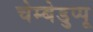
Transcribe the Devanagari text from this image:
चेम्बेडुप्पू